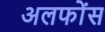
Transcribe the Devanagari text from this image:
अलफोंस